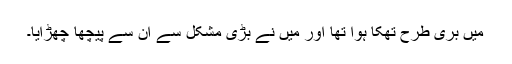
میں بُری طرح تھکا ہوا تھا اور میں نے بڑی مشکل سے اُن سے پیچھا چھڑایا۔